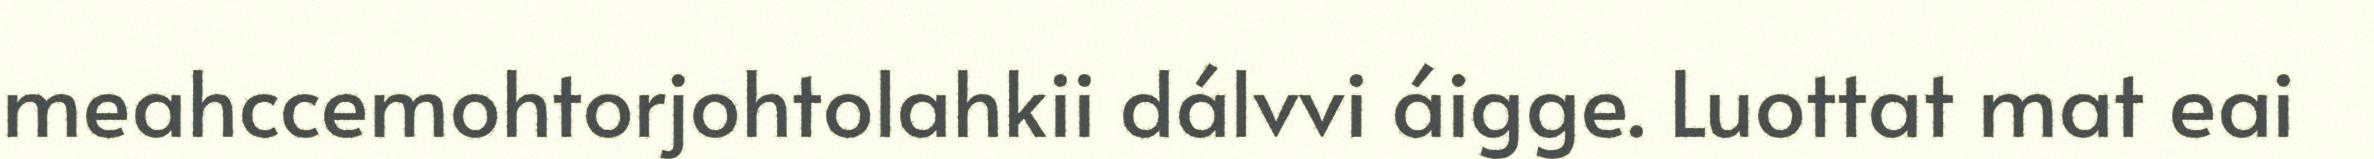
meahccemohtorjohtolahkii dálvvi áigge. Luottat mat eai